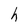
Character: h